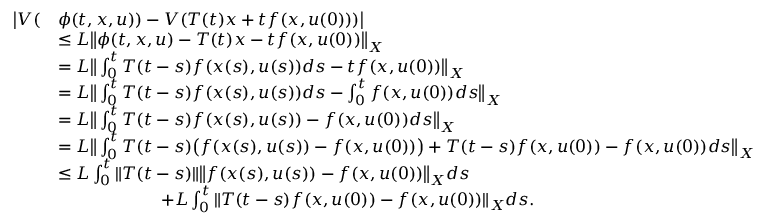
\begin{array} { r l } { \big | V ( } & { \phi ( t , x , u ) ) - V ( T ( t ) x + t f ( x , u ( 0 ) ) ) \big | } \\ & { \leq L \big \| \phi ( t , x , u ) - T ( t ) x - t f ( x , u ( 0 ) ) \big \| _ { X } } \\ & { = L \big \| \int _ { 0 } ^ { t } T ( t - s ) f ( x ( s ) , u ( s ) ) d s - t f ( x , u ( 0 ) ) \big \| _ { X } } \\ & { = L \big \| \int _ { 0 } ^ { t } T ( t - s ) f ( x ( s ) , u ( s ) ) d s - \int _ { 0 } ^ { t } f ( x , u ( 0 ) ) d s \big \| _ { X } } \\ & { = L \big \| \int _ { 0 } ^ { t } T ( t - s ) f ( x ( s ) , u ( s ) ) - f ( x , u ( 0 ) ) d s \big \| _ { X } } \\ & { = L \big \| \int _ { 0 } ^ { t } T ( t - s ) \big ( f ( x ( s ) , u ( s ) ) - f ( x , u ( 0 ) ) \big ) + T ( t - s ) f ( x , u ( 0 ) ) - f ( x , u ( 0 ) ) d s \big \| _ { X } } \\ & { \leq L \int _ { 0 } ^ { t } \| T ( t - s ) \| \big \| f ( x ( s ) , u ( s ) ) - f ( x , u ( 0 ) ) \big \| _ { X } d s } \\ & { \qquad \qquad \qquad + L \int _ { 0 } ^ { t } \| T ( t - s ) f ( x , u ( 0 ) ) - f ( x , u ( 0 ) ) \| _ { X } d s . } \end{array}